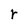
Character: r